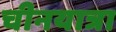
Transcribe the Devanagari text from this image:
चीनयात्रा